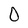
Character: 0